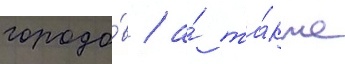
городо́в / а́ та́кже